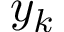
y _ { k }